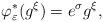
LaTeX: \begin{align*}\varphi _{\varepsilon }^{\ast }(g^{\xi })=e^{\sigma }g^{\xi },\end{align*}